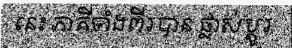
នេះ ភាគីទាំងពីរបាន ផ្លាស់ប្តូរ